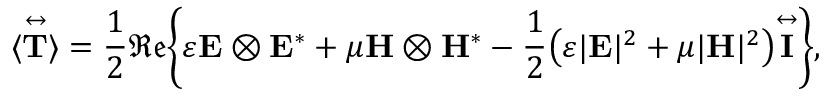
\langle \overset \leftrightarrow { \mathbf { T } } \rangle = \frac { 1 } { 2 } \mathfrak { R e } \bigg \{ \varepsilon \mathbf { E } \otimes \mathbf { E } ^ { * } + \mu \mathbf { H } \otimes \mathbf { H } ^ { * } - \frac { 1 } { 2 } \big ( \varepsilon | \mathbf { E } | ^ { 2 } + \mu | \mathbf { H } | ^ { 2 } \big ) \overset \leftrightarrow { \mathbf { I } } \bigg \} ,